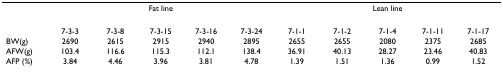
<table><thead><tr><td></td><td colspan="5"><b>Fat line</b></td><td colspan="5"><b>Lean line</b></td></tr></thead><tbody><tr><td></td><td>7-3-3</td><td>7-3-8</td><td>7-3-15</td><td>7-3-16</td><td>7-3-24</td><td>7-1-1</td><td>7-1-2</td><td>7-1-4</td><td>7-1-11</td><td>7-1-17</td></tr><tr><td>BW(g)</td><td>2690</td><td>2615</td><td>2915</td><td>2940</td><td>2895</td><td>2655</td><td>2655</td><td>2080</td><td>2375</td><td>2685</td></tr><tr><td>AFW(g)</td><td>103.4</td><td>116.6</td><td>115.3</td><td>112.1</td><td>138.4</td><td>36.91</td><td>40.13</td><td>28.27</td><td>23.46</td><td>40.83</td></tr><tr><td>AFP (%)</td><td>3.84</td><td>4.46</td><td>3.96</td><td>3.81</td><td>4.78</td><td>1.39</td><td>1.51</td><td>1.36</td><td>0.99</td><td>1.52</td></tr></tbody></table>